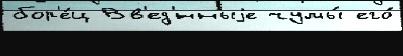
бор'е́ц Вв'ед'́нныjе чумы́ его́